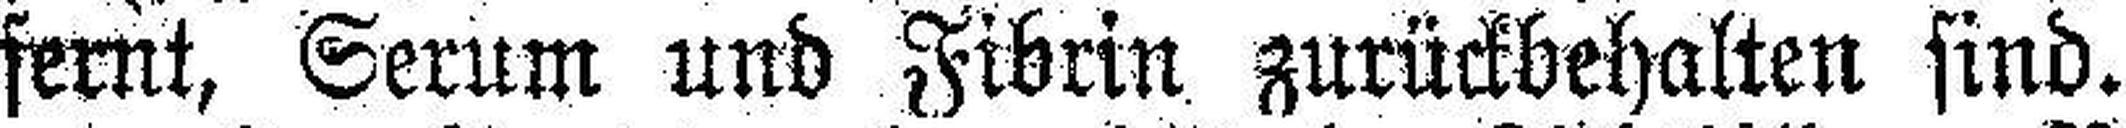
fernt, Serum und Fibrin zurückbehalten sind.